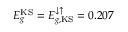
E _ { g } ^ { \mathrm { K S } } = E _ { g , \mathrm { K S } } ^ { \downarrow \uparrow } = 0 . 2 0 7